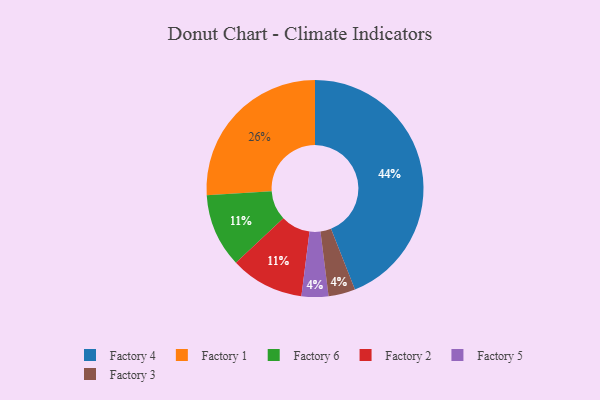
{"axis": {"x": "Category", "y": "Percentage"}, "legend": ["Factory 1", "Factory 2", "Factory 3", "Factory 4", "Factory 5", "Factory 6"], "data": [{"x": "Factory 1", "y": 26, "type": "Factory 1"}, {"x": "Factory 5", "y": 4, "type": "Factory 5"}, {"x": "Factory 4", "y": 44, "type": "Factory 4"}, {"x": "Factory 6", "y": 11, "type": "Factory 6"}, {"x": "Factory 2", "y": 11, "type": "Factory 2"}, {"x": "Factory 3", "y": 4, "type": "Factory 3"}]}